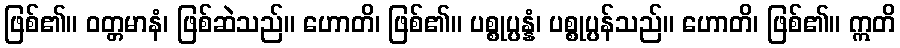
ဖြစ်၏။ ဝတ္တမာနံ၊ ဖြစ်ဆဲသည်။ ဟောတိ၊ ဖြစ်၏။ ပစ္စုပ္ပန္နံ၊ ပစ္စုပ္ပန်သည်။ ဟောတိ၊ ဖြစ်၏။ ဣတိ